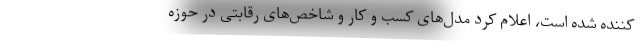
کننده شده است، اعلام کرد مدل‌های کسب و کار و شاخص‌های رقابتی در حوزه